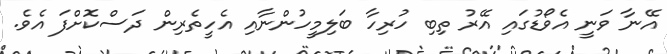
އޭނާ ވަނީ އެވޯޑުގައި އޭރު ތިބި ހުރިހާ ބަލިމީހުންނާއި އެހީތެރިން ދަސްކޮށްފަ އެވެ.